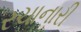
રચાનારી